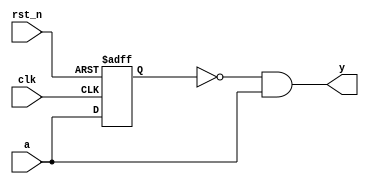
//////////////////////////////////////////////////////////////////////////////////////
// Tyler Anderson Thu Feb 13 16:11:03 EST 2014
// Pulse one clock cycle when a positive edge is detected
//////////////////////////////////////////////////////////////////////////////////////
module posedge_detector
  (
   input clk, // clock
   input rst_n, // active low reset
   input a, // input on which positive edges should be detected
   output y
   );

   reg 	  ff;
   
   always @(posedge clk or negedge rst_n)
     begin
	if( !rst_n ) ff <= 1'b0;
	else ff <= a;
     end
   
   assign y = !ff & a;
	
endmodule